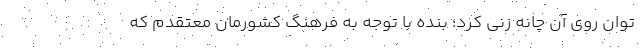
توان روی آن چانه زنی کرد؛ بنده با توجه به فرهنگ کشورمان معتقدم که